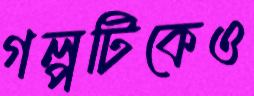
গল্পটিকেও